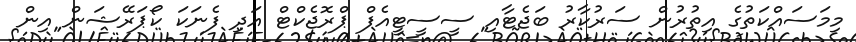
މިމަސައްކަތުގެ އިތުރުން ސަރުކާރު ބަޖެޓާއި ސީސީޓީއެފް ޕްރޮޖެކްޓް އަދި ފެނަކަ ކޯޕަރޭޝަން އިން